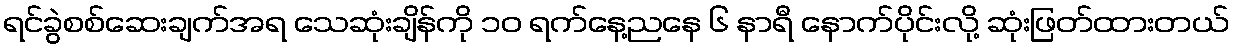
ရင်ခွဲစစ်ဆေးချက်အရ သေဆုံးချိန်ကို ၁၀ ရက်နေ့ညနေ ၆ နာရီ နောက်ပိုင်းလို့ ဆုံးဖြတ်ထားတယ်